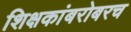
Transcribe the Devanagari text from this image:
शिक्षकांबरोबरच